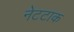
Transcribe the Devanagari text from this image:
नेटटाक